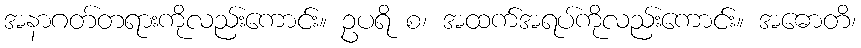
အနာဂတ်တရားကိုလည်းကောင်း။ ဥပရိ စ၊ အထက်အရပ်ကိုလည်းကောင်း။ အဓောတိ၊